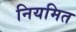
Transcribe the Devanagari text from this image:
नियमित